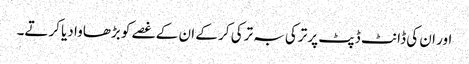
اور ان کی ڈانٹ ڈپٹ پر ترکی بہ ترکی کر کے ان کے غصے کو بڑھاوا دیا کرتے۔